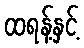
ထရန့်နှင့်